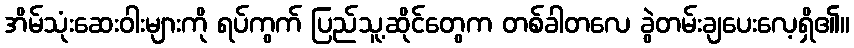
အိမ်သုံးဆေးဝါးများကို ရပ်ကွက် ပြည်သူ့ဆိုင်တွေက တစ်ခါတလေ ခွဲတမ်းချပေးလေ့ရှိ၏။